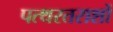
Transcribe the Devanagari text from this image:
पत्थरतराशों